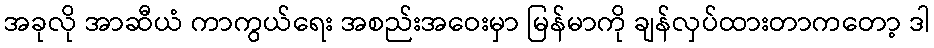
အခုလို အာဆီယံ ကာကွယ်ရေး အစည်းအဝေးမှာ မြန်မာကို ချန်လှပ်ထားတာကတော့ ဒါ